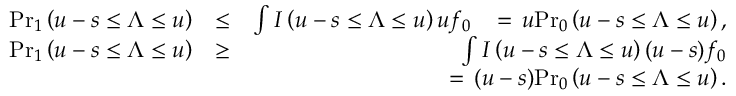
\begin{array} { r l r } { { \operatorname* { P r } } _ { 1 } \left( u - s \le \Lambda \le u \right) } & { \le } & { \int I \left( u - s \le \Lambda \le u \right) u f _ { 0 } \, \, \, \, \, = \, u { \operatorname* { P r } } _ { 0 } \left( u - s \le \Lambda \le u \right) , } \\ { { \operatorname* { P r } } _ { 1 } \left( u - s \le \Lambda \le u \right) } & { \ge } & { \int I \left( u - s \le \Lambda \le u \right) ( u - s ) f _ { 0 } } \\ & { } & { = \, ( u - s ) { \operatorname* { P r } } _ { 0 } \left( u - s \le \Lambda \le u \right) . } \end{array}